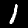
Digit: 1